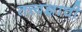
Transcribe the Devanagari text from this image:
तत्त्वज्ञाची